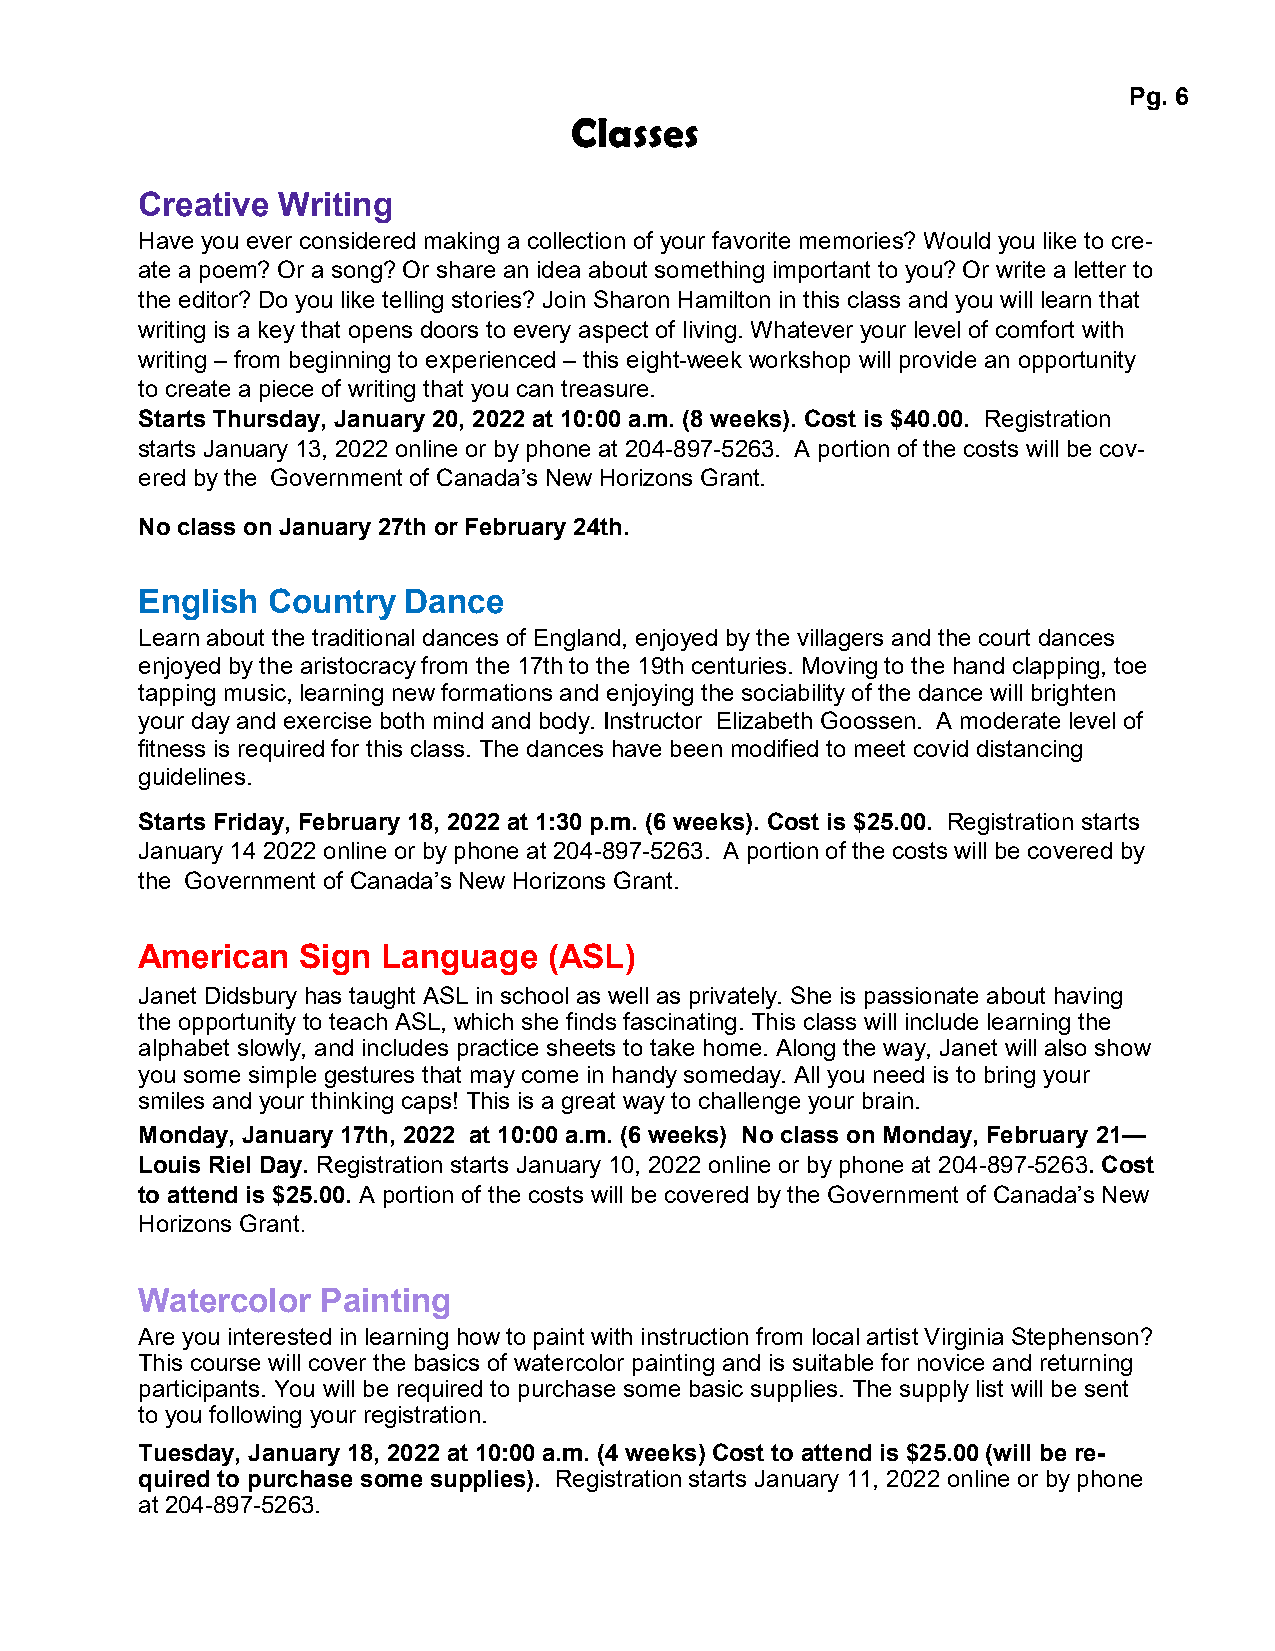
Pg. 6
 Classes
 Creative Writing
 Have you ever considered making a collection of your favorite memories? Would you like to cre-
 ate a poem? Or a song? Or share an idea about something important to you? Or write a letter to
 the editor? Do you like telling stories? Join Sharon Hamilton in this class and you will learn that
 writing is a key that opens doors to every aspect of living. Whatever your level of comfort with
 writing – from beginning to experienced – this eight-week workshop will provide an opportunity
 to create a piece of writing that you can treasure.
 Starts Thursday, January 20, 2022 at 10:00 a.m. (8 weeks). Cost is $40.00. Registration
 starts January 13, 2022 online or by phone at 204-897-5263. A portion of the costs will be cov-
 ered by the Government of Canada’s New Horizons Grant.
 No class on January 27th or February 24th.
 English  Country  Dance
 Learn about the traditional dances of England, enjoyed by the villagers and the court dances
 enjoyed by the aristocracy from the 17th to the 19th centuries. Moving to the hand clapping, toe
 tapping music, learning new formations and enjoying the sociability of the dance will brighten
 your day and exercise both mind and body. Instructor Elizabeth Goossen. A moderate level of
 fitness is required for this class. The dances have been modified to meet covid distancing
 guidelines.
 Starts Friday, February 18, 2022 at 1:30 p.m. (6 weeks). Cost is $25.00. Registration starts
 January 14 2022 online or by phone at 204-897-5263. A portion of the costs will be covered by
 the Government of Canada’s New Horizons Grant.
 American   Sign Language   (ASL)
 Janet Didsbury has taught ASL in school as well as privately. She is passionate about having
 the opportunity to teach ASL, which she finds fascinating. This class will include learning the
 alphabet slowly, and includes practice sheets to take home. Along the way, Janet will also show
 you some simple gestures that may come in handy someday. All you need is to bring your
 smiles and your thinking caps! This is a great way to challenge your brain.
 Monday, January 17th, 2022 at 10:00 a.m. (6 weeks) No class on Monday, February 21—
 Louis Riel Day. Registration starts January 10, 2022 online or by phone at 204-897-5263. Cost
 to attend is $25.00. A portion of the costs will be covered by the Government of Canada’s New
 Horizons Grant.
 Watercolor  Painting
 Are you interested in learning how to paint with instruction from local artist Virginia Stephenson?
 This course will cover the basics of watercolor painting and is suitable for novice and returning
 participants. You will be required to purchase some basic supplies. The supply list will be sent
 to you following your registration.
 Tuesday, January 18, 2022 at 10:00 a.m. (4 weeks) Cost to attend is $25.00 (will be re-
 quired to purchase some supplies). Registration starts January 11, 2022 online or by phone
 at 204-897-5263.